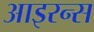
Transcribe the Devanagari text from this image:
आइरन्स